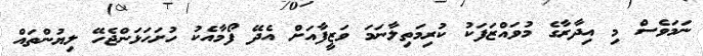
ނަމަވެސް މި އިދާރާގެ މުވައްޒަފަކު ކުރިމަތިލާނަމަ ވަޒީފާއަށް އެދޭ ފޯމާއެކު ހުށަހަޅަންޖެހޭ ލިޔުންތައް